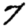
Digit: 7